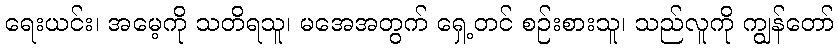
ရေးယင်း၊ အမေ့ကို သတိရသူ၊ မအေအတွက် ရှေ့တင် စဉ်းစားသူ၊ သည်လူကို ကျွန်တော်